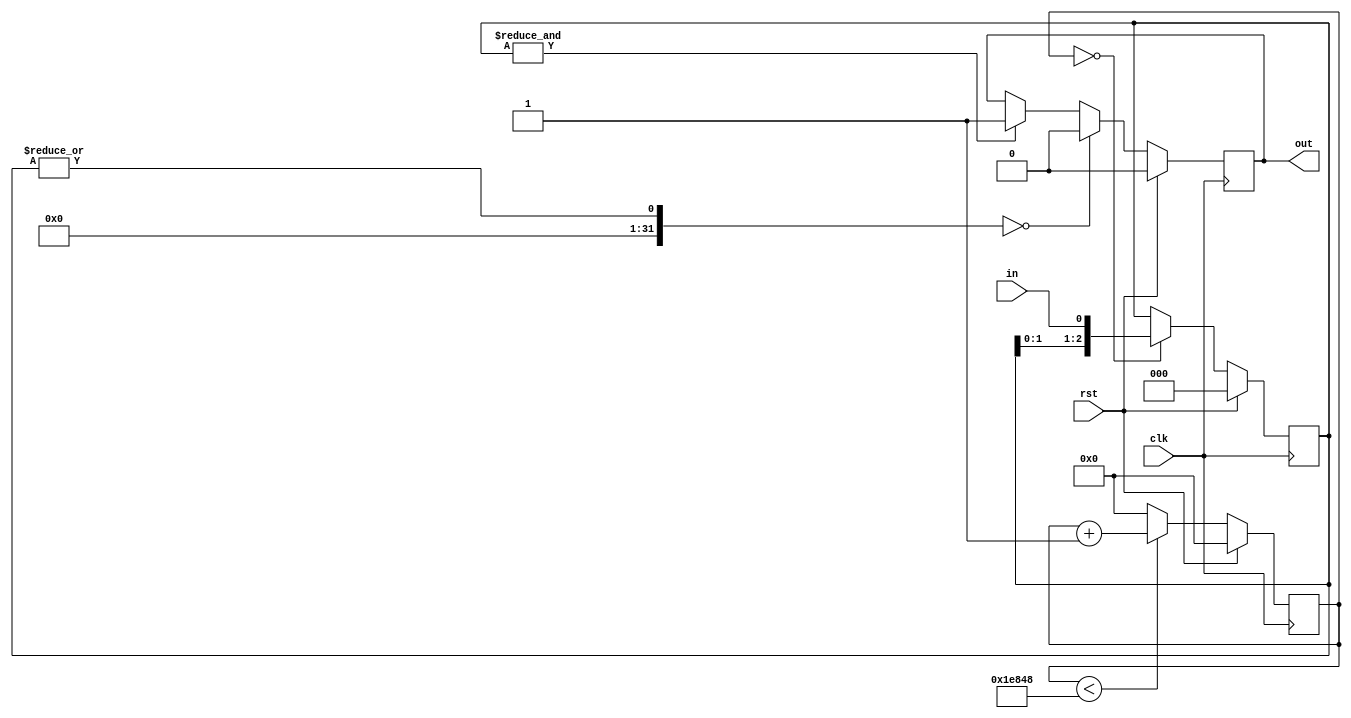
module debounce_switch_1  #(
    parameter WIDTH=1, 
    parameter N=3, 
    parameter RATE=125000 
)(
    input wire clk,
    input wire rst,
    input wire [WIDTH-1:0] in,
    output wire [WIDTH-1:0] out
);
reg [23:0] cnt_reg = 24'd0;
reg [N-1:0] debounce_reg[WIDTH-1:0];
reg [WIDTH-1:0] state;
assign out = state;
integer k;
always @(posedge clk) begin
    if (rst) begin
        cnt_reg <= 0;
        state <= 0;
        for (k = 0; k < WIDTH; k = k + 1) begin
            debounce_reg[k] <= 0;
        end
    end else begin
        if (cnt_reg < RATE) begin
            cnt_reg <= cnt_reg + 24'd1;
        end else begin
            cnt_reg <= 24'd0;
        end
        if (cnt_reg == 24'd0) begin
            for (k = 0; k < WIDTH; k = k + 1) begin
                debounce_reg[k] <= {debounce_reg[k][N-2:0], in[k]};
            end
        end
        for (k = 0; k < WIDTH; k = k + 1) begin
            if (|debounce_reg[k] == 0) begin
                state[k] <= 0;
            end else if (&debounce_reg[k] == 1) begin
                state[k] <= 1;
            end else begin
                state[k] <= state[k];
            end
        end
    end
end
endmodule